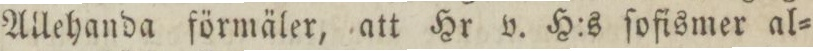
Allehanda förmäler, att Hr v. H:s ſofismer al=